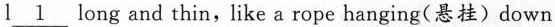
I \underline 1 long and thin, like a rope hanging(悬挂) down